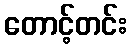
တောင့်တင်း